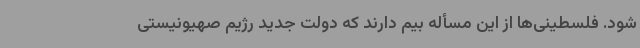
شود. فلسطینی‌ها از این مسأله بیم دارند که دولت جدید رژیم صهیونیستی